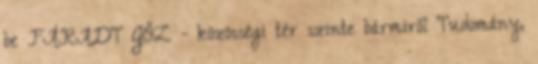
be FÁRADT GŐZ - közösségi tér szinte bármiről Tudomány,